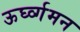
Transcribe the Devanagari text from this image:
ऊर्घ्व्गमन